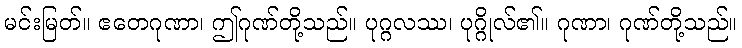
မင်းမြတ်။ ဧတေဂုဏာ၊ ဤဂုဏ်တို့သည်။ ပုဂ္ဂလဿ၊ ပုဂ္ဂိုလ်၏။ ဂုဏာ၊ ဂုဏ်တို့သည်။